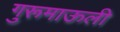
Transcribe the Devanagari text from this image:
गुरूमाऊली